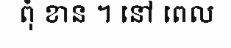
ពុំ ខាន ។ នៅ ពេល